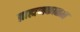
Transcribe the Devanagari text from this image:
ब्राह्मणकाळात